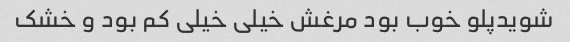
شویدپلو خوب بود مرغش خیلی خیلی کم بود و خشک